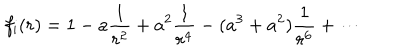
f _ { \mathrm { { i } } } ( r ) = \displaystyle { 1 - a \frac { 1 } { r ^ { 2 } } + a ^ { 2 } \frac { 1 } { r ^ { 4 } } - ( a ^ { 3 } + a ^ { 2 } ) \frac { 1 } { r ^ { 6 } } + \cdots }